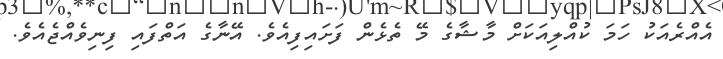
އެއްރެއަކު ހަމަ ކުއްލިއަކަށް މާޝާގެ މޭ ތެޅެން ފަށައިފިއެވެ. އޭނާގެ އަތްފައި ފިނިވެއްޖެއެވެ.